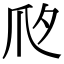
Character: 𤓵